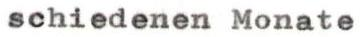
schiedenen Monate